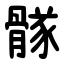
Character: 䯟